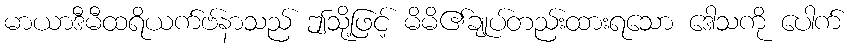
မာယာဒီမီထရိယက်ဗ်နာသည် ဤသို့ဖြင့် မိမိ၏ချုပ်တည်းထားရသော ဒေါသကို ပေါက်